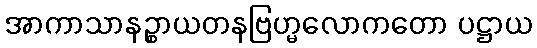
အာကာသာနဉ္စာယတနဗြဟ္မလောကတော ပဋ္ဌာယ